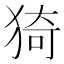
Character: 猗